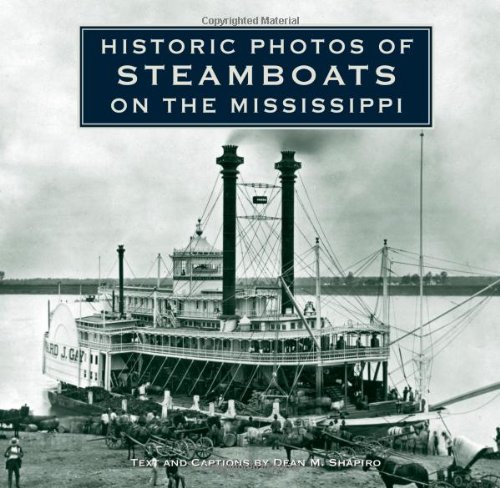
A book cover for Historic Photos of Steamboats on the Mississippi; Dean M Shapiro; Arts & Photography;